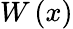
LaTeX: W\left(x\right)